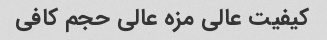
کیفیت عالی مزه عالی حجم کافی